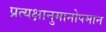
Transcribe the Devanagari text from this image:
प्रत्यक्षानुमानोपमान